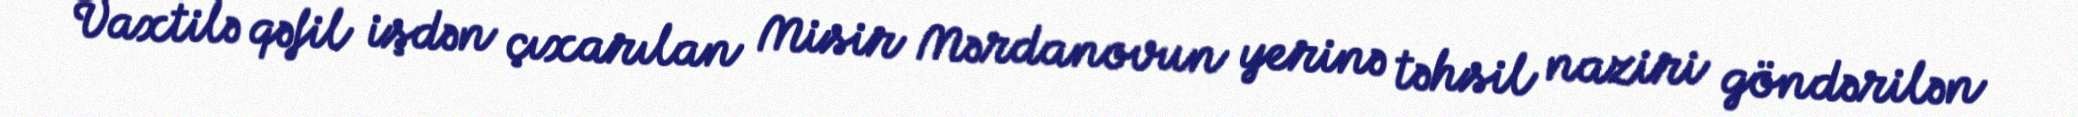
Vaxtilə qəfil işdən çıxarılan Misir Mərdanovun yerinə təhsil naziri göndərilən